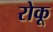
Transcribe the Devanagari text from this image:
रोकू